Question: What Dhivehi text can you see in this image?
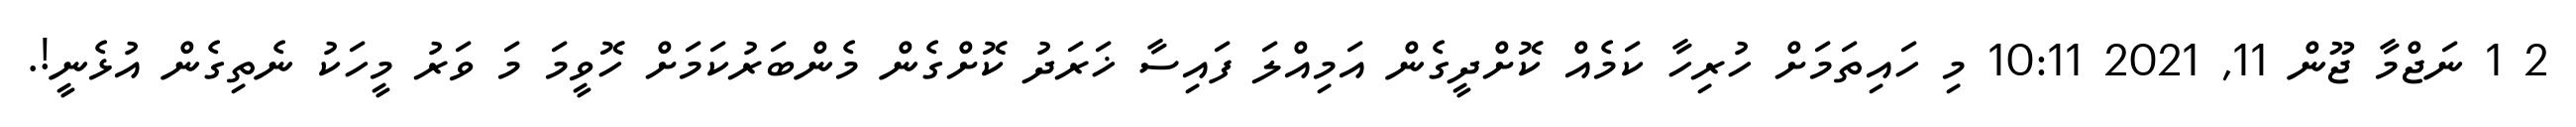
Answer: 2 1 ނަޖްމާ ޖޫން 11, 2021 10:11 މި ހައިތަމަށް ހުރިހާ ކަމެއް ކޮށްދީގެން އަމިއްލަ ފައިސާ ޚަރަދު ކޮށްގެން މެންބަރުކަމަށް ހޮވީމަ މަ ވަރު މީހަކު ނެތިގެން އުޅެނީ!.